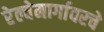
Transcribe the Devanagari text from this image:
रेल्वेमार्गावरचे